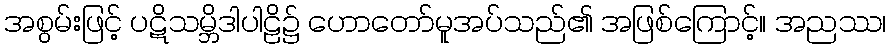
အစွမ်းဖြင့် ပဋိသမ္ဘိဒါပါဠိ၌ ဟောတော်မူအပ်သည်၏ အဖြစ်ကြောင့်။ အညဿ၊